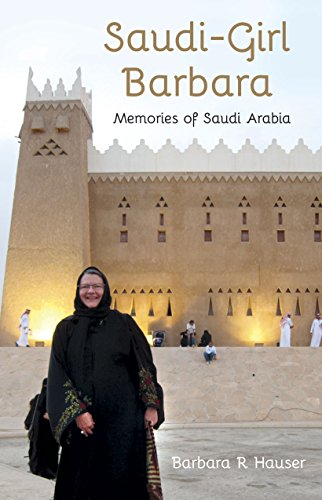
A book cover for "Saudi-Girl Barbara (Memories of Saudi Arabia)"; Barbara R Hauser; Travel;